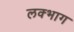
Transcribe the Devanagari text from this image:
लक्भाग